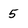
Character: 5